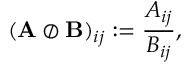
( \mathbf { A } \oslash \mathbf { B } ) _ { i j } : = \frac { A _ { i j } } { B _ { i j } } ,